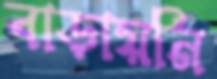
বাড়ায়নি